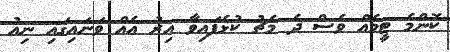
ކޮންމެ ޓީމެއް ވެސް ދެ މެޗު ކުޅެފައިވާ އިރު އެއް ވަނައިގައި ނިއު